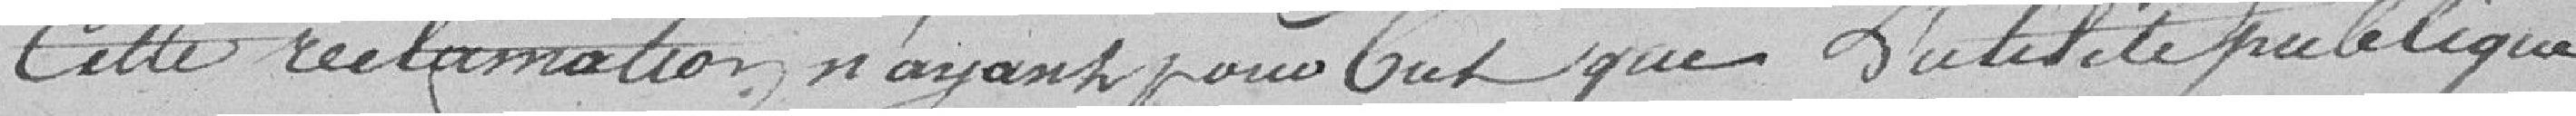
Cette réclamation n'ayant pour but que l'utilité publique